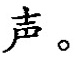
声。